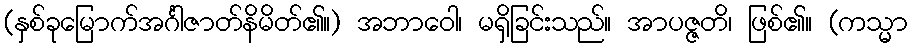
(နှစ်ခုမြောက်အင်္ဂါဇာတ်နိမိတ်၏။) အဘာဝေါ၊ မရှိခြင်းသည်။ အာပဇ္ဇတိ၊ ဖြစ်၏။ (ကသ္မာ